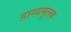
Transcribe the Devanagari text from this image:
हास्यमूलक